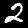
Label: 2